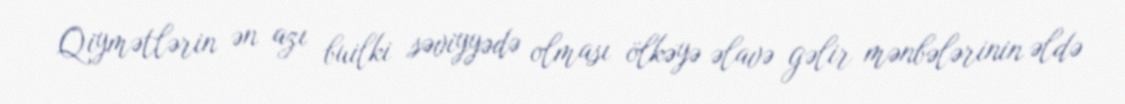
Qiymətlərin ən azı builki səviyyədə olması ölkəyə əlavə gəlir mənbələrinin əldə